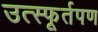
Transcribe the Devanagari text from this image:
उत्स्फूर्तपण